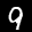
Label: 9